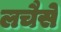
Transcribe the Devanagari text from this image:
लचैसे